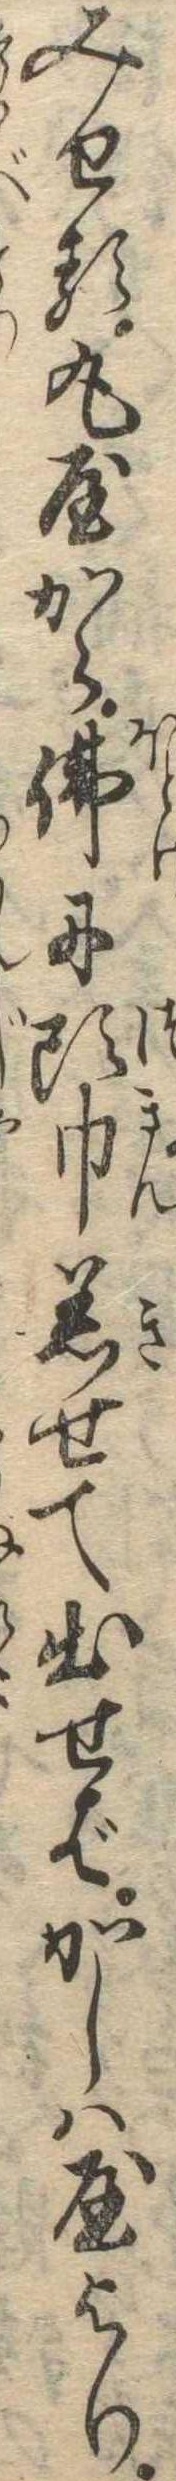
みせる丸屋から仏に頭巾着せて出せばかしは屋より